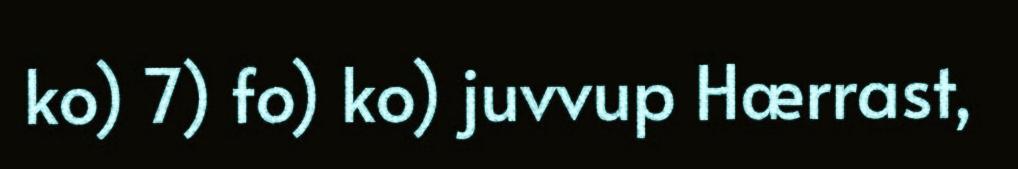
ko) 7) fo) ko) juvvup Hærrast,